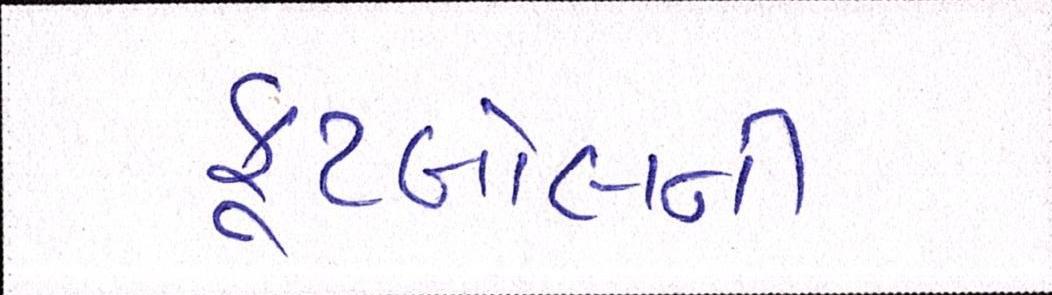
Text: ફૂટબોલની